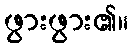
ဖွားဖွား၏။